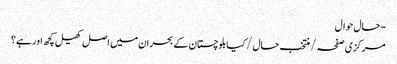
- حال حوال
مرکزی صفحہ / منتخب حال / کیا بلوچستان کے بحران میں اصل کھیل کچھ اور ہے؟